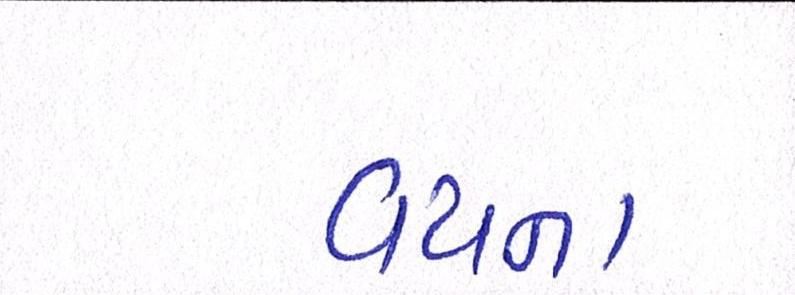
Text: વયના